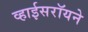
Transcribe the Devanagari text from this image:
व्हाईसरॉयने